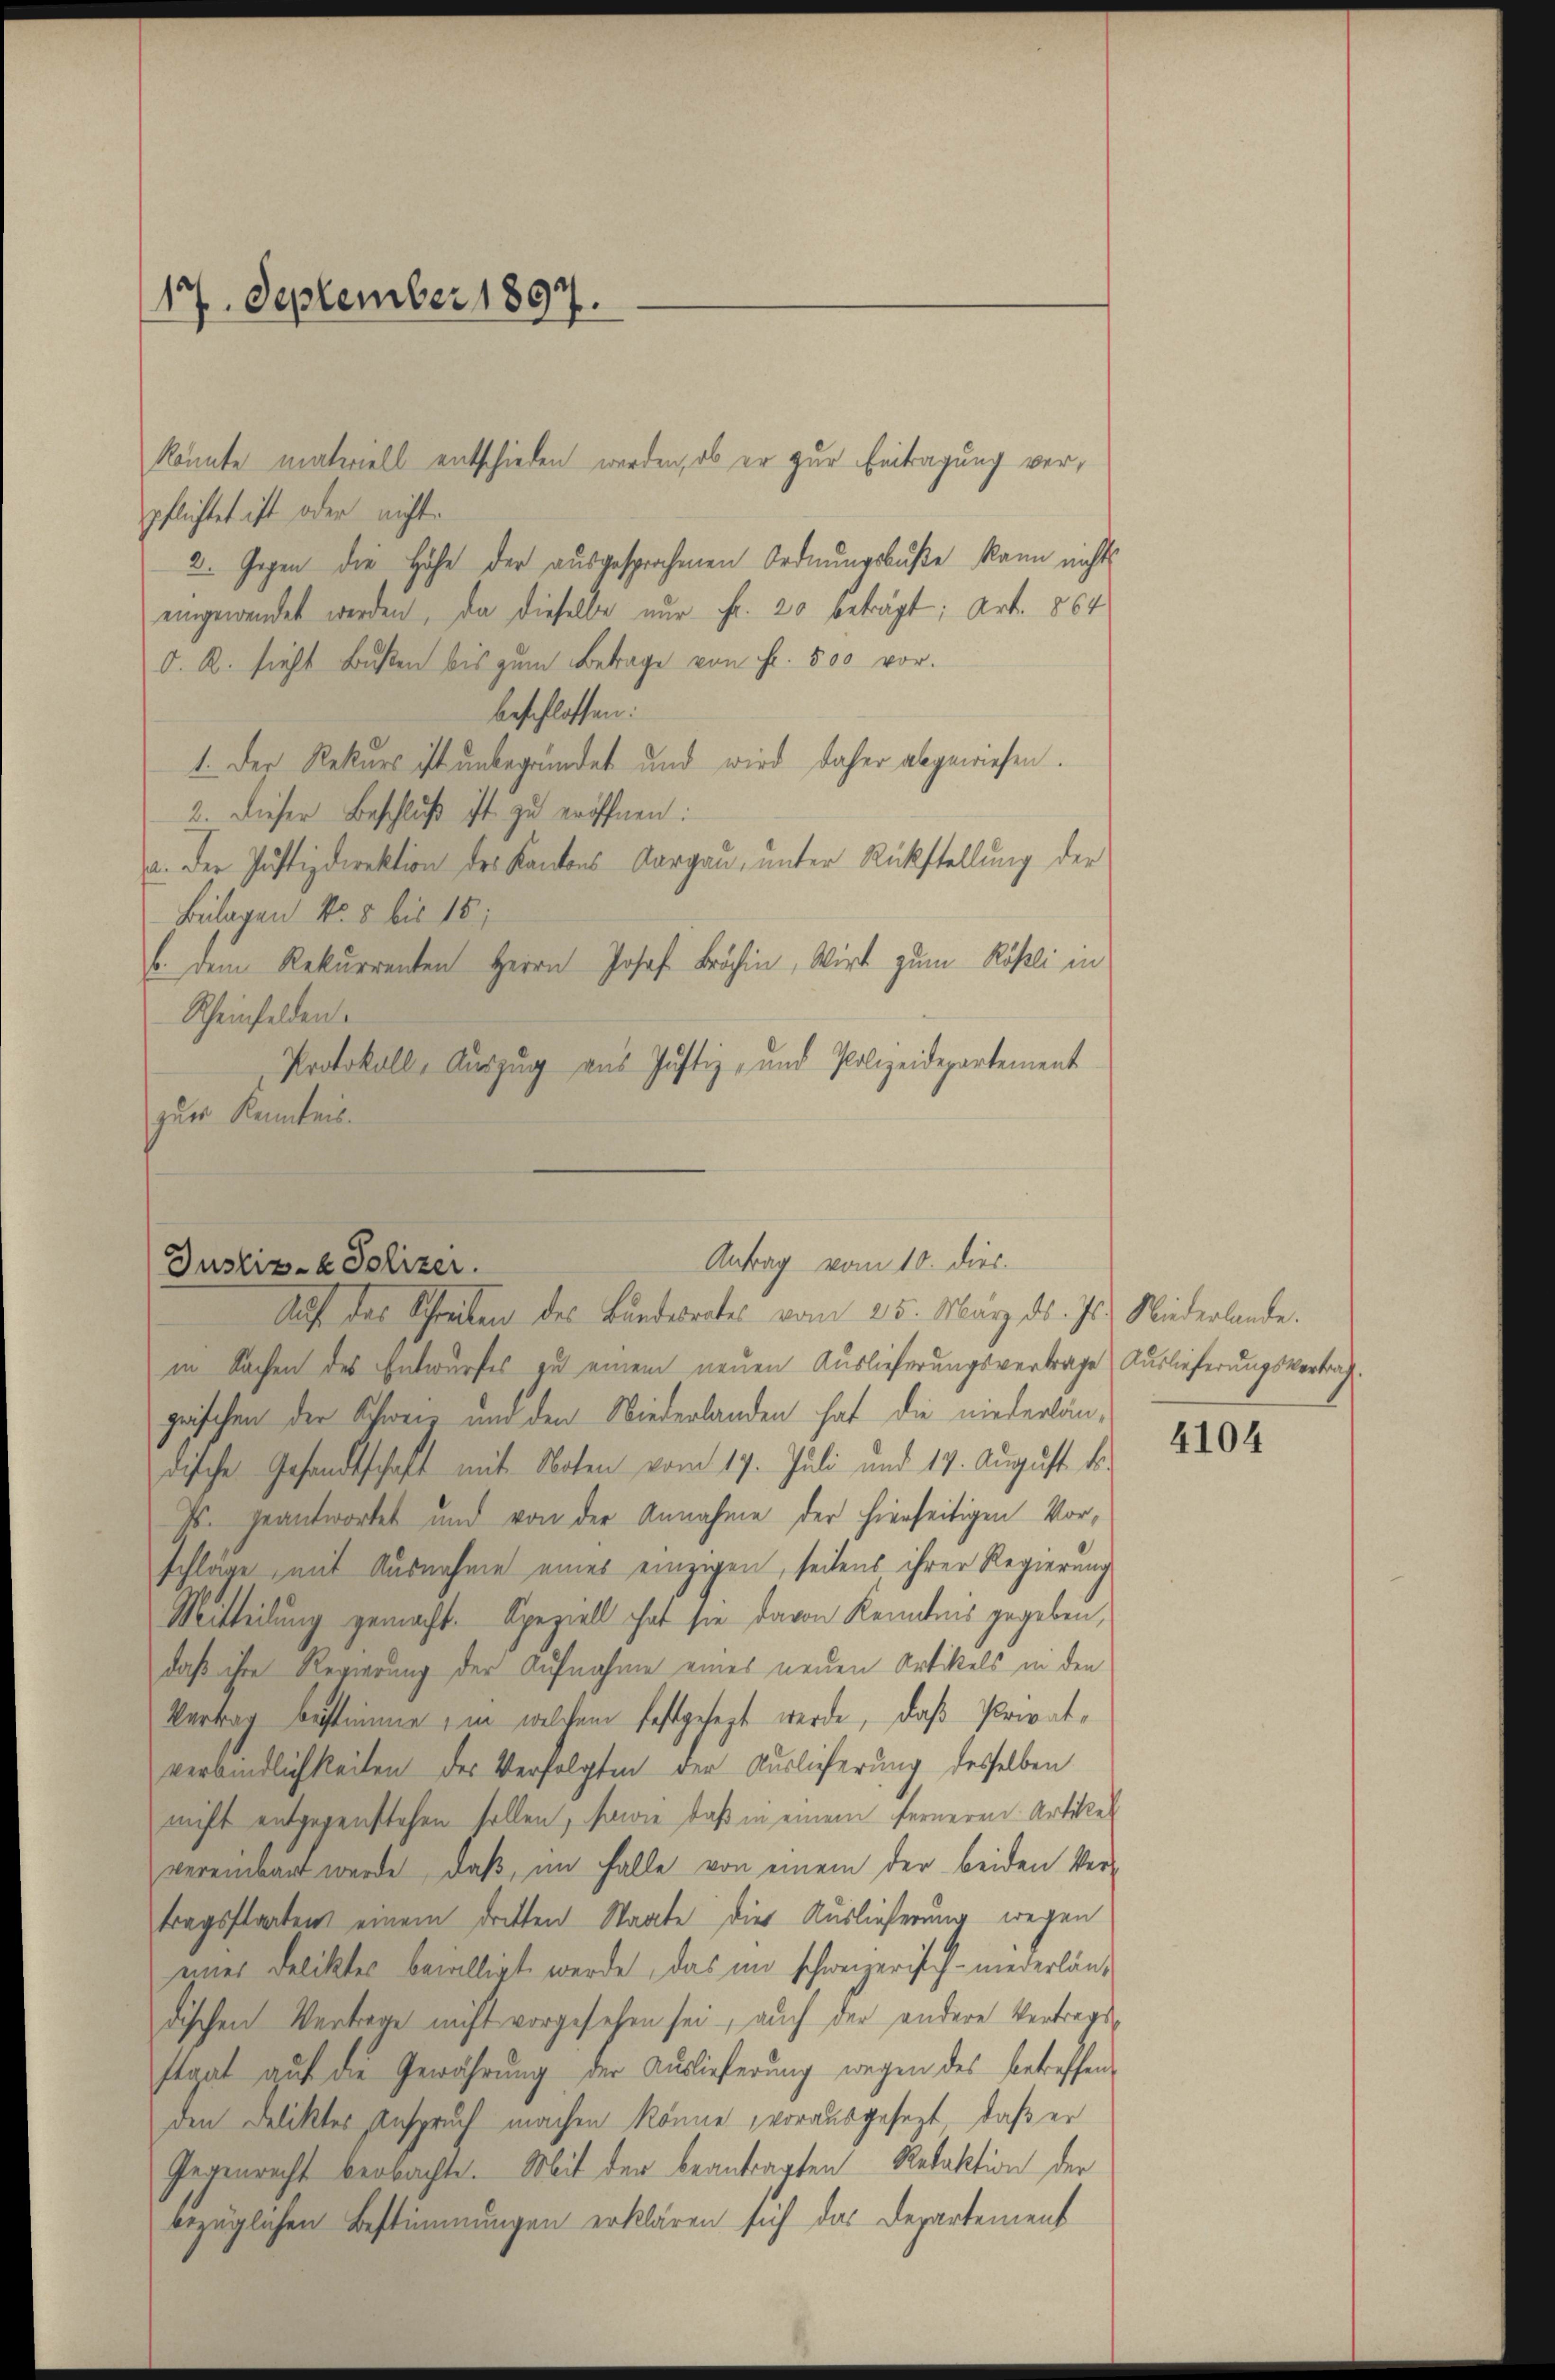
17. September 1897.

pflichtet ist oder nicht.
2. Gegen die Höhe der ausgesprochenen Ordnungsbuße kann nichts
eingewendet werden, da dieselbe nur Fr. 20 beträgt; Art. 864
d. R. sieht Bŭβen bis zum Betrage von Fr. 500 vor.
beschlossen:
1. Der Rekurs ist unbegründet und wird daher abgewiesen.
2. Dieser Beschluß ist zu eröffnen:
a. Der Justizdirektion des Kantons Aargau, unter Rückstellung der
Bulagen No 5 bis 18;
b. dem Rekurrenten Herrn Josef Brähin, Wirt zum Rößli in
Scheinfelden.
Protokoll, Auszug aus Justiz- und Polizeidepartement
zur Kenntnis.

in Sachen des Entwurfes zu einem neuen Auslieferungsvertrage Auslieferungsvertrag
grischen der Schweiz und den Niederlanden hat die niederländische Gesandtschaft mit Noten vom 19. Juli und 17. August k.
Js. geantwortet und von der Annahme der hierseitigen Vorschläge mit Ausnahme eines einzigen, seitens ihrer Regierung
Mitteilung gemacht. Speziell hat sie davon Kenntnis gegeben,
daß ihre Regierung der Aufnahme eines neuen Artikels in den
Vertrag bestimme, in welchem festgesezt werde, daß Privatverbindlichkeiten des Verfolgten der Auslieferung desselben
nicht entgegenstehen sollen, sowie daß in einem ferneren Artikel
vereinbart werde, daß, im Falle von einem der beiden Ver-
tragsstaaten einem dritten Staate dies Auslieferung wegen
eines Deliktes bewilligt werde, das im schweizerisch- niederländischen Vertrage nicht vorgesehen sei, auch der andere Vertragsstgat auf die Gewährung der Auslieferung wegen des betreffenden Deliktes Anspruch machen könne, vorausgesezt, daß er
Gegenrecht beobachte. Mit der beantragten Redaktion der
bezüglichen Bestimmungen erklären sich das Departement

könnte materiell entschieden werden, ob er zur Eintragung ver¬

Antrag vom 10. dies.
Justiz- & Polizei.
Auf das Schreiben des Bundwertes vom 25. März d. Js. Niederlande.

4104